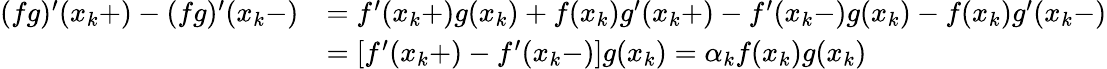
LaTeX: \begin{array}{rl}{(fg)^{\prime}(x_{k}+)-(fg)^{\prime}(x_{k}-)}&{=f^{\prime}(x_{k}+)g(x_{k})+f(x_{k})g^{\prime}(x_{k}+)-f^{\prime}(x_{k}-)g(x_{k})-f(x_{k})g^{\prime}(x_{k}-)}\\ &{=\left[f^{\prime}(x_{k}+)-f^{\prime}(x_{k}-)\right]g(x_{k})=\alpha_{k}f(x_{k})g(x_{k})}\end{array}